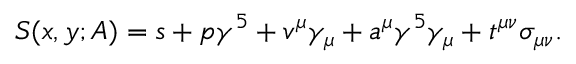
S ( x , y ; A ) = s + p \gamma ^ { 5 } + v ^ { \mu } \gamma _ { \mu } + a ^ { \mu } \gamma ^ { 5 } \gamma _ { \mu } + t ^ { \mu \nu } \sigma _ { \mu \nu } .